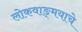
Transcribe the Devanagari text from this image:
लोकवाङ्‌मयाचे